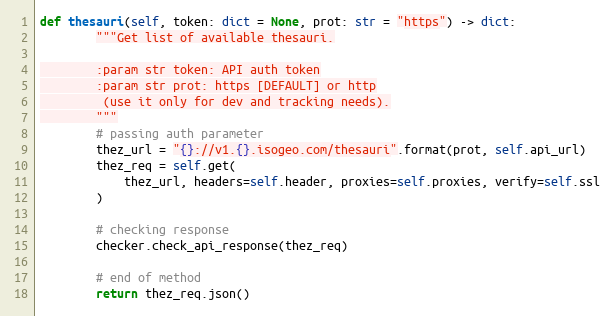
Language: Python
def thesauri(self, token: dict = None, prot: str = "https") -> dict:
        """Get list of available thesauri.

        :param str token: API auth token
        :param str prot: https [DEFAULT] or http
         (use it only for dev and tracking needs).
        """
        # passing auth parameter
        thez_url = "{}://v1.{}.isogeo.com/thesauri".format(prot, self.api_url)
        thez_req = self.get(
            thez_url, headers=self.header, proxies=self.proxies, verify=self.ssl
        )

        # checking response
        checker.check_api_response(thez_req)

        # end of method
        return thez_req.json()